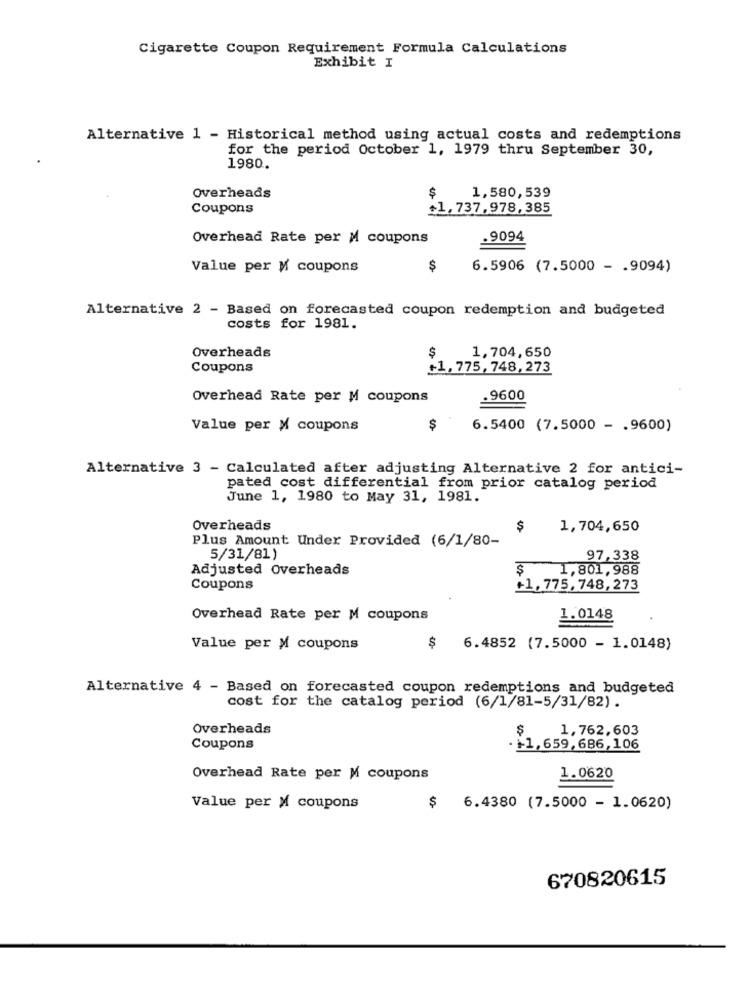
Cigarette Coupon Requirement Formula Calculations
Exhibit I
Alternative 1 - Historical method using actual costs and redemptions
for the period October 1, 1979 thru September 30,
1980.
1,580,539
Overheads
$
Coupons
+1,737.978,385
Overhead Rate per M coupons
.9094
Value per M coupons
$
6.5906 (7.5000 - . 9094)
Alternative 2 - Based on forecasted coupon redemption and budgeted
costs for 1981.
Overheads
1,704,650
$
Coupons
+1, 775,748,273
Overhead Rate per M coupons
.9600
Value per X coupons
$ -
6.5400 (7.5000 - . 9600)
Alternative 3 - Calculated after adjusting Alternative 2 for antici-
pated cost differential from prior catalog period
June 1, 1980 to May 31, 1981.
Overheads
$
1,704,650
Plus Amount Under Provided (6/1/80-
5/31/81)
97,338
Adjusted Overheads
$
1,801,988
Coupons
+1, 775, 748, 273
Overhead Rate per M coupons
1.0148
Value per M coupons
6.4852 (7.5000 - 1.0148)
Alternative 4 - Based on forecasted coupon redemptions and budgeted
cost for the catalog period (6/1/81-5/31/82).
Overheads
1,762,603
Coupons
. - 1,659, 686,106
Overhead Rate per M coupons
1.0620
Value per X coupons
$
6.4380 (7.5000 - 1.0620)
670820615